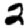
Digit: 2